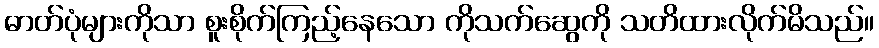
ဓာတ်ပုံများကိုသာ စူးစိုက်ကြည့်နေသော ကိုသက်ဆွေကို သတိထားလိုက်မိသည်။